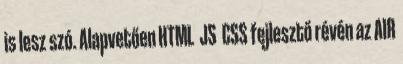
is lesz szó. Alapvetően HTML JS CSS fejlesztő révén az AIR